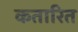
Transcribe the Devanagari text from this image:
कतारित